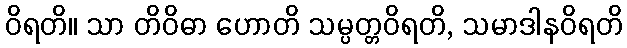
ဝိရတိ။ သာ တိဝိဓာ ဟောတိ သမ္ပတ္တဝိရတိ, သမာဒါနဝိရတိ